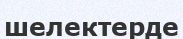
шелектерде